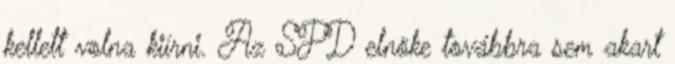
kellett volna kiírni. Az SPD elnöke továbbra sem akart